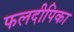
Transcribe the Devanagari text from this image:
फलदीपिका